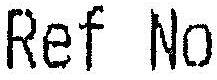
REF NO